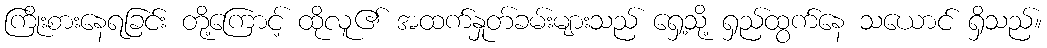
ကြိုးစားနေရခြင်း တို့ကြောင့် ထိုလူ၏ အထက်နှုတ်ခမ်းများသည် ရှေ့သို့ ရှည်ထွက်နေ သယောင် ရှိသည်။